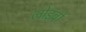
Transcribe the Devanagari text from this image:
लोड़बो